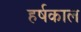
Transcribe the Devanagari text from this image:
हर्षकाल